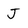
Character: J